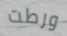
ورطت